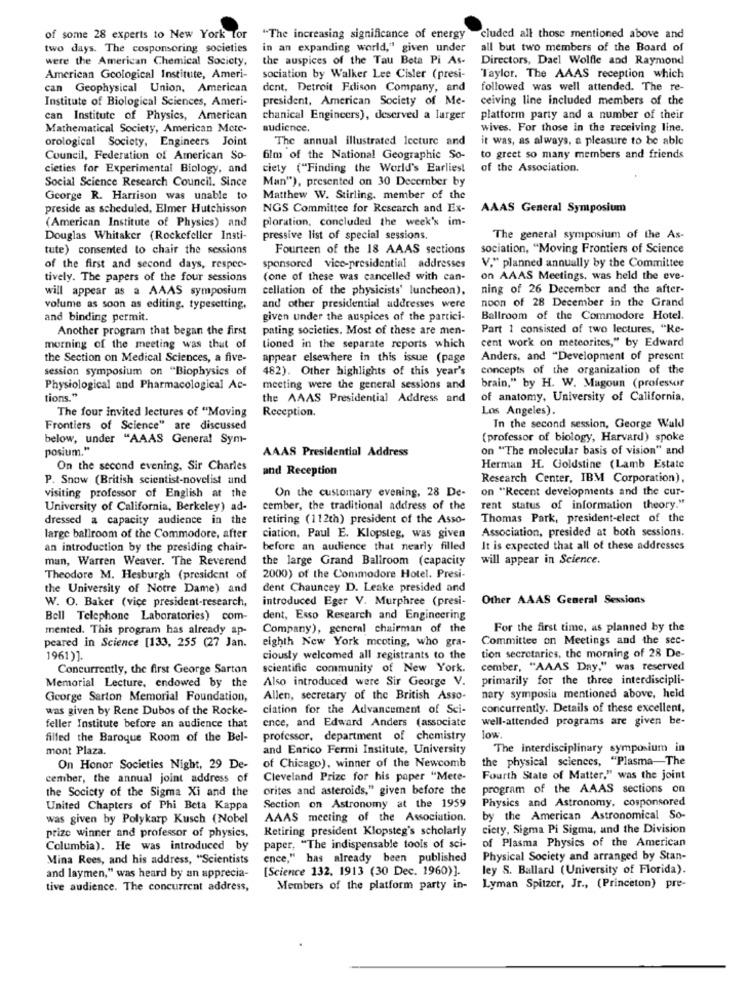
of some 28 experts to New York for
"The increasing significance of energy
cluded all those mentioned above and
two days. The cosponsoring societies
in an expanding world," given under
all but two members of the Board of
were the American Chemical Society,
the auspices of the Tau Beta Pi As-
Directors, Dael Wolfle and Raymond
American Geological Institute, Ameri-
sociation by Walker Lee Cisler (presi-
Taylor. The AAAS reception which
can Geophysical Union, American
dent, Detroit Edison Company, and
followed was well attended. The re-
Institute of Biological Sciences, Ameri-
president, American Society of Me-
ceiving line included members of the
can Institute of Physics, American
chanical Engineers), deserved a larger
platform party and a number of their
Mathematical Society, American Mete-
audience.
wives. For those in the receiving line.
orological Society, Engineers Joint
The annual illustrated lecture and
it was, as always, a pleasure to be able
Council, Federation of American So-
film of the National Geographic So-
to greet so many members and friends
cieties for Experimental Biology, and
ciety ("Finding the World's Earliest
of the Association.
Social Science Research Council. Since
Man"), presented on 30 December by
George R. Harrison was unable to
Matthew W. Stirling, member of the
preside as scheduled, Elmer Hutchisson
NGS Committee for Research and Ex-
AAAS General Symposium
ploration, concluded the week's im-
(American Institute of Physics) and
Douglas Whitaker (Rockefeller Insti-
pressive list of special sessions.
The general symposium of the As-
tute) consented to chair the sessions
Fourteen of the 18 AAAS sections
sociation, "Moving Frontiers of Science
of the first and second days, respec-
sponsored vice-presidential addresses
V." planned annually by the Committee
tively. The papers of the four sessions
(one of these was cancelled with can-
on AAAS Meetings, was held the eve-
will appear as a AAAS symposium
cellation of the physicists' luncheon),
ning of 26 December and the after-
noon of 28 December in the Grand
volume as soon as editing, typesetting,
and other presidential addresses were
and binding permit.
given under the auspices of the partici-
Ballroom of the Commodore Hotel.
Another program that began the first
pating societies. Most of these are men-
Part 1 consisted of two lectures, "Ke-
cent work on meteorites," by Edward
morning of the meeting was that of
tioned in the separate reports which
the Section on Medical Sciences, a five-
appear elsewhere in this issue (page
Anders, and "Development of present
session symposium on "Biophysics of
482). Other highlights of this year's
concepts of the organization of the
Physiological and Pharmacological Ac-
meeting were the general sessions and
brain," by H. W. Magoun (professor
tions."
the AAAS Presidential Address and
of anatomy, University of California,
The four invited lectures of "Moving
Reception.
Los Angeles).
Frontiers of Science" are discussed
In the second session, George Wald
below, under "AAAS General Sym-
(professor of biology, Harvard) spoke
posium."
AAAS Presidential Address
on "The molecular basis of vision" and
On the second evening, Sir Charles
and Reception
Herman H. Goldstine (Lamb Estate
P. Snow (British scientist-novelist und
Research Center, IBM Corporation),
On the customary evening, 28 De-
on "Recent developments and the cur-
visiting professor of English at the
University of California, Berkeley) ad-
cember, the traditional address of the
rent status of information theory."
dressed a capacity audience in the
retiring (112th) president of the Asso-
Thomas Park, president-elect of the
Association, presided at both sessions.
large ballroom of the Commodore, after
ciation, Paul E. Klopsteg, was given
an introduction by the presiding chair-
before an audience that nearly filled
It is expected that all of these addresses
man, Warren Weaver. The Reverend
the large Grand Ballroom (capacity
will appear in Science.
Theodore M. Hesburgh (president of
2000) of the Commodore Hotel. Presi-
the University of Notre Dame) and
dent Chauncey D. Leake presided and
W. O. Baker (vice president-research,
introduced Eger V. Murphree (presi-
Other AAAS General Sessions
Bell Telephone Laboratories) com-
dent, Esso Research and Engineering
mented. This program has already ap-
Company), general chairman of the
For the first time, as planned by the
peared in Science [133, 255 (27 Jan.
eighth New York mcoting, who gra-
Committee on Meetings and the sec-
tion secretaries, the morning of 28 De-
1961)].
ciously welcomed all registrants to the
Concurrently, the first George Sarton
scientific community of New York.
comber, "AAAS Day," was reserved
Also introduced were Sir George V.
primarily for the three interdiscipli-
Memorial Lecture, endowed by the
George Sarton Memorial Foundation,
Allen, secretary of the British Asso-
nary symposia mentioned above, held
was given by Rene Dubos of the Rocke-
ciation for the Advancement of Sci-
concurrently. Details of these excellent,
ence, and Edward Anders (associate
well-attended programs are given be-
feller Institute before an audience that
filled the Baroque Room of the Bel-
professor, department of chemistry
low
mont Plaza.
and Enrico Fermi Institute, University
The interdisciplinary symposium in
the physical sciences, "Plasma-The
On Honor Societies Night, 29 De-
of Chicago), winner of the Newcomb
cember, the annual joint address of
Cleveland Prize for his paper "Mete-
Fourth State of Matter," was the joint
the Society of the Sigma Xi and the
orites and asteroids," given before the
program of the AAAS sections on
Physics and Astronomy, cosponsored
United Chapters of Phi Beta Kappa
Section on Astronomy at the 1959
was given by Polykarp Kusch (Nobel
AAAS meeting of the Association.
by the American Astronomical So-
prize winner and professor of physics,
Retiring president Klopsteg's scholarly
ciety, Sigma Pi Sigma, and the Division
of Plasma Physics of the American
Columbia). He was introduced by
paper, "The indispensable tools of sci-
Mina Rees, and his address, "Scientists
ence," has already been published
Physical Society and arranged by Stan-
[Science 132. 1913 (30 Dec. 1960)].
ley S. Ballard (University of Florida).
and laymen," was heard by an apprecia-
tive audience. The concurrent address,
Members of the platform party in- Lyman Spitzer, Jr ., (Princeton) pre-